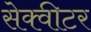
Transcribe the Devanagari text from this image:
सेक्वीटर